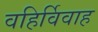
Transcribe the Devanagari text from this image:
वहिर्विवाह